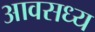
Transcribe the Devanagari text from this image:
आवसध्य